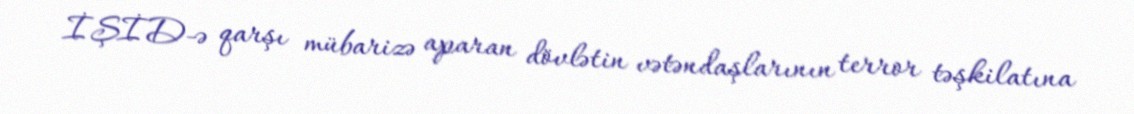
İŞİD-ə qarşı mübarizə aparan dövlətin vətəndaşlarının terror təşkilatına